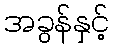
အခွန်နှင့်